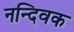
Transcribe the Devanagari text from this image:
नन्दिवक